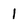
Character: 1